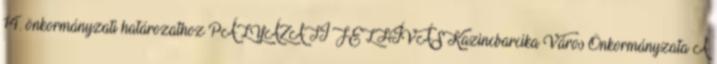
14. önkormányzati határozathoz PÁLYÁZATI FELHÍVÁS Kazincbarcika Város Önkormányzata A